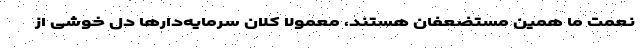
نعمت ما همین مستضعفان هستند، معمولا کلان سرمایه‌دارها دل خوشی از